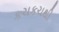
કચકચથી